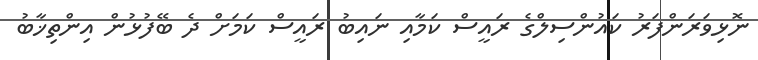
ނޮޅިވަރަންފަރު ކައުންސިލްގެ ރައީސް ކަމާއި ނައިބު ރައީސް ކަމަށް ދެ ބޭފުޅުން އިންތިޚާބު